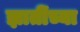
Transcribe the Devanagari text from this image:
ज्ञातींच्या